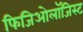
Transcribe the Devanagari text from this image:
फिजिओलॉजिस्ट